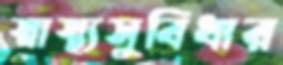
স্বাস্থ্যসুবিধার